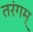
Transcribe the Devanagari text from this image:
तरंगम्